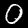
Digit: 0